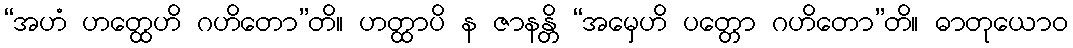
“အဟံ ဟတ္ထေဟိ ဂဟိတော”တိ။ ဟတ္ထာပိ န ဇာနန္တိ “အမှေဟိ ပတ္တော ဂဟိတော”တိ။ ဓာတုယောဝ